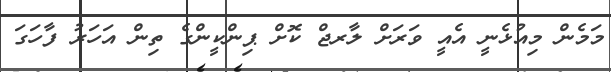
މަމެން މިއުޅެނީ އެއީ ވަރަށް ލާރޖް ކޮށް ޕިންކީންގެ ތިން އަހަރު ފާހަގަ